Medical and sanitary report of the native army of Bengal for the year
Year: 1878
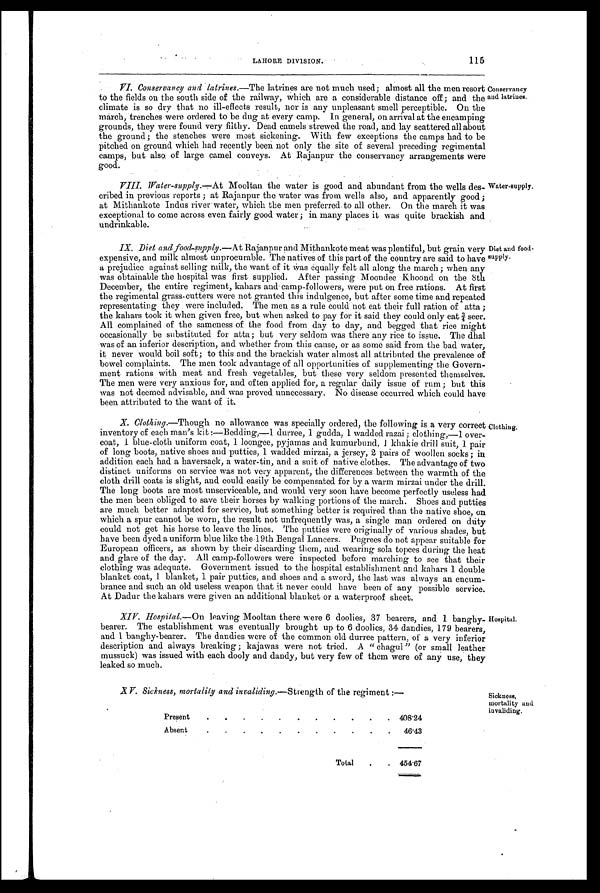
LAHORE DIVISION.
115
VI. Conservancy and latrines. —The latrines are not much used; almost all the men resort
to the fields on the south side of the railway, which are a considerable distance off ; and the
climate is so dry that no ill-effects result, nor is any unpleasant smell perceptible. On the
march, trenches were ordered to be dug at every camp. In general, on arrival at the encamping
grounds, they were found very filthy. Dead camels strewed the road, and lay scattered all about
the ground; the stenches were most sickening. With few exceptions the camps had to be
pitched on ground which had recently been not only the site of several preceding regimental
camps, but also of large camel conveys. At Rajanpur the conservancy arrangements were
good.
VIII. Water-supply. —At Mooltan the water is good and abundant from the wells des-
cribed in previous reports ; at Rajanpur the water was from wells also, and apparently good ;
at Mithankote Indus river water, which the men preferred to all other. On the march it was
exceptional to come across even fairly good water ; in many places it was quite brackish and
undrinkable.
IX. Diet and food-supply.—At Rajanpur and Mithankote meat was plentiful, but grain very
expensive, and milk almost unprocurable. The natives of this part of the country are said to have
a prejudice against selling milk, the want of it Was equally felt all along the march; when any
was obtainable the hospital was first supplied. After passing Moondee Khoond on the 8th
December, the entire regiment, kahars and camp-followers, were put on free rations. At first
the regimental grass-cutters were not granted this indulgence, but after some time and repeated
representating they were included. The men as a rule could not eat their full ration of atta ;
the kahars took it when given free, but when asked to pay for it said they could only eat ¾ seer.
All complained of the sameness of the food from day to day, and begged that rice might
occasionally be substituted for atta; but very seldom was there any rice to issue. The dhal
was of an inferior description, and whether from this cause, or as some said from the bad. water,
it never would boil soft; to this and the brackish water almost all attributed the prevalence of
bowel complaints. The men took advantage of all opportunities of supplementing the Govern-
ment rations with meat and fresh vegetables, but these very seldom presented themselves.
The men were very anxious for, and often applied for, a regular daily issue of rum ; but this
was not deemed advisable, and was proved unnecessary. No disease occurred which could have
been attributed to the want of it.
X. Clothing.—Though no allowance was specially ordered, the following is a very correct
inventory of each man's kit :—Bedding,—1 durree, 1 gudda, 1 wadded razai ; clothing,—1 over-
coat, 1 blue-cloth uniform coat, 1 loongee, pyjamas and kumurbund, 1 khakie drill suit, 1 pair
of long boots, native shoes and putties, 1 wadded mirzai, a jersey, 2 pairs of woollen socks; in
addition each had a haversack, a water-tin, and a suit of native clothes. The advantage of two
distinct uniforms on service was not very apparent, the differences between the warmth of the
cloth drill coats is slight, and could easily be compensated for by a warm mirzai under the drill.
The long boots are most unserviceable, and would very soon have become perfectly useless had
the men been obliged to save their horses by walking portions of the march. Shoes and putties
are much better adapted for service, but something better is required than the native shoe, on
which a spur cannot be worn, the result not unfrequently was, a single man ordered on duty
could not get his horse to leave the lines. The putties were originally of various shades, but
have been dyed a uniform blue like the 19th Bengal Lancers. Pugrees do not appear suitable for
European officers, as shown by their discarding them, and wearing sola topees during the heat
and glare of the day. All camp-followers were inspected before marching to see that their
clothing was adequate. Government issued to the hospital establishment and kahars 1 double
blanket coat, 1 blanket, 1 pair putties, and shoes and a sword, the last was always an encum-
brance and such an old useless weapon that it never could have been of any possible service.
At Dadur the kahars were given an additional blanket or a waterproof sheet.
XIV. Hospital. —On leaving Mooltan there were 6 doolies, 37 bearers, and 1 banghy-
bearer. The establishment was eventually brought up to 6 doolies, 34 dandies, 179 bearers,
and I banghy-bearer. The dandies were of the common old durree pattern, of a very inferior
description and always breaking ; kajawas were not tried. A " chagul" (or small leather
mussuck) was issued with each dooly and dandy, but very few of them were of any use, they
leaked so much.
V. Sickness, mortality and invaliding. —Strength of the regiment :—
Sickness,
mortality and
invaliding.
Hospital.
Clothing.
Diet and food-
supply.
Water-supply.
Conservancy
and latrines.
Present
.
. .
.
.
. . .
. . . 408.24
Absent
.
.
. .
.
. . .
.
. .
46.43
Total .
. 4 5 4 . 6 7